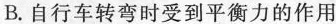
B.自行车转弯时受到平衡力的作用